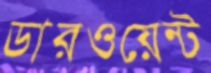
ডারওয়েন্ট